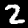
Label: 2